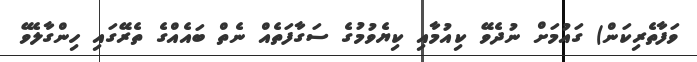
ވަފާތެރިކަން) ގައުމަށް ނުދެވޭ ކިއުމާއި ކިޔެވުމުގެ ސަގާފަތެއް ނެތް ބައެއްގެ ތެރޭގައި ހިންގާލެވޭ